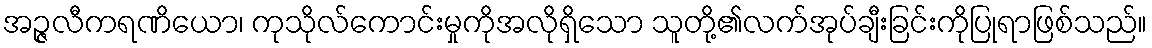
အဉ္ဇလီကရဏိယော၊ ကုသိုလ်ကောင်းမှုကိုအလိုရှိသော သူတို့၏လက်အုပ်ချီးခြင်းကိုပြုရာဖြစ်သည်။